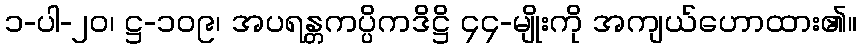
၁-ပါ-၂၀၊ ဋ္ဌ-၁၀၉၊ အပရန္တကပ္ပိကဒိဋ္ဌိ ၄၄-မျိုးကို အကျယ်ဟောထား၏။